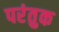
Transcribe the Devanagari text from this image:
परंतुक